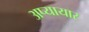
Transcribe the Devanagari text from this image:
अप्यायार